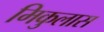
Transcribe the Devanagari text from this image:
मिकुलास